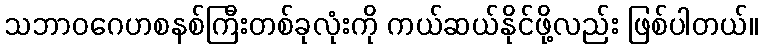
သဘာဝဂေဟစနစ်ကြီးတစ်ခုလုံးကို ကယ်ဆယ်နိုင်ဖို့လည်း ဖြစ်ပါတယ်။